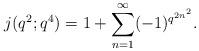
LaTeX: \begin{align*} j(q^2;q^4)=1+\sum_{n=1}^{\infty}(-1)^{q^{2n^2}}.\end{align*}